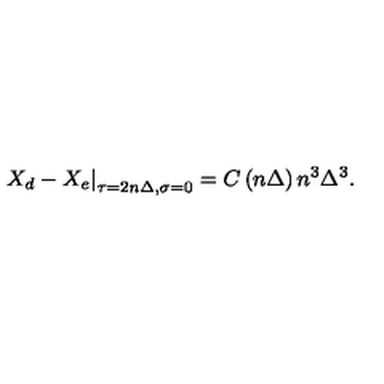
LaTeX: \left. X _ { d } - X _ { e } \right| _ { \tau = 2 n \Delta , \sigma = 0 } = C \left( n \Delta \right) n ^ { 3 } \Delta ^ { 3 } .